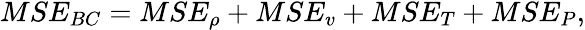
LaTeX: \begin{array}{r}{MSE_{BC}=MSE_{\rho}+MSE_{v}+MSE_{T}+MSE_{P},}\end{array}